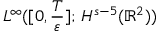
L ^ { \infty } ( [ 0 , \frac { T } { \varepsilon } ] ; \, H ^ { s - 5 } ( \mathbb { R } ^ { 2 } ) )